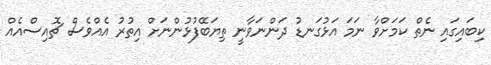
ކިބައިގައި ނެތް ކަމަށްވާ ނަމަ އަޅުގަނޑު ދަންނަވާނީ ތިޔަބޭފުޅުންނަށް އިތުރު އެއްވެސް ޗޮއިސްއެއް